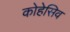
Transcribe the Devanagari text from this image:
कोहेसिव